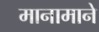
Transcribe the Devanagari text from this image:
मानामाने